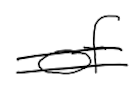
Text: of
Cross-out: double-line
Writing tool: digital_black